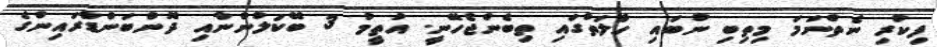
ފިކުރި ނެތްނަމަ މިތިބި ނުބައި ހާލަތުގައި ތިބެންޖެހޭނީ. އުތީމު 3 ބޭކަލުންނާއި ދޮންބަންޑާރައިންގެ